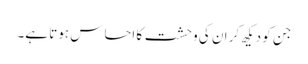
جن کو دیکھ کر ان کی وحشت کا احساس ہوتا ہے۔